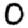
Digit: 0